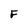
Character: F